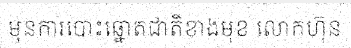
មុនការបោះឆ្នោតជាតិខាងមុខ លោកហ៊ុន